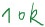
Text: 10K